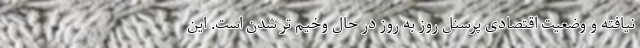
نیافته و وضعیت اقتصادی پرسنل روز به روز در حال وخیم تر شدن است. این